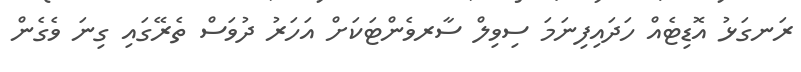
ރަނގަޅު އޮޑިޓެއް ހަދައިފިނަމަ ސިވިލް ސާރވެންޓަކަށް އަހަރު ދުވަސް ތެރޭގައި ގިނަ ވެގެން